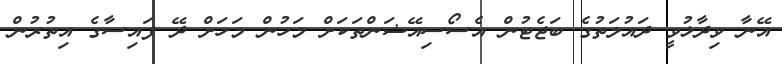
އޭނާ ވިދާޅުވީ ދައުލަތުގެ ބަޖެޓުން އެސޯސިއޭޝަންތަކަށް މަހުން މަހަށް ދޭ ފައިސާގެ އިތުރުން